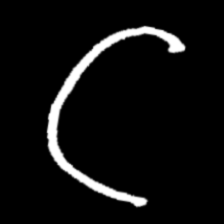
Pyu character \u2014 Myanmar letter: ဋ (romanized: tta)